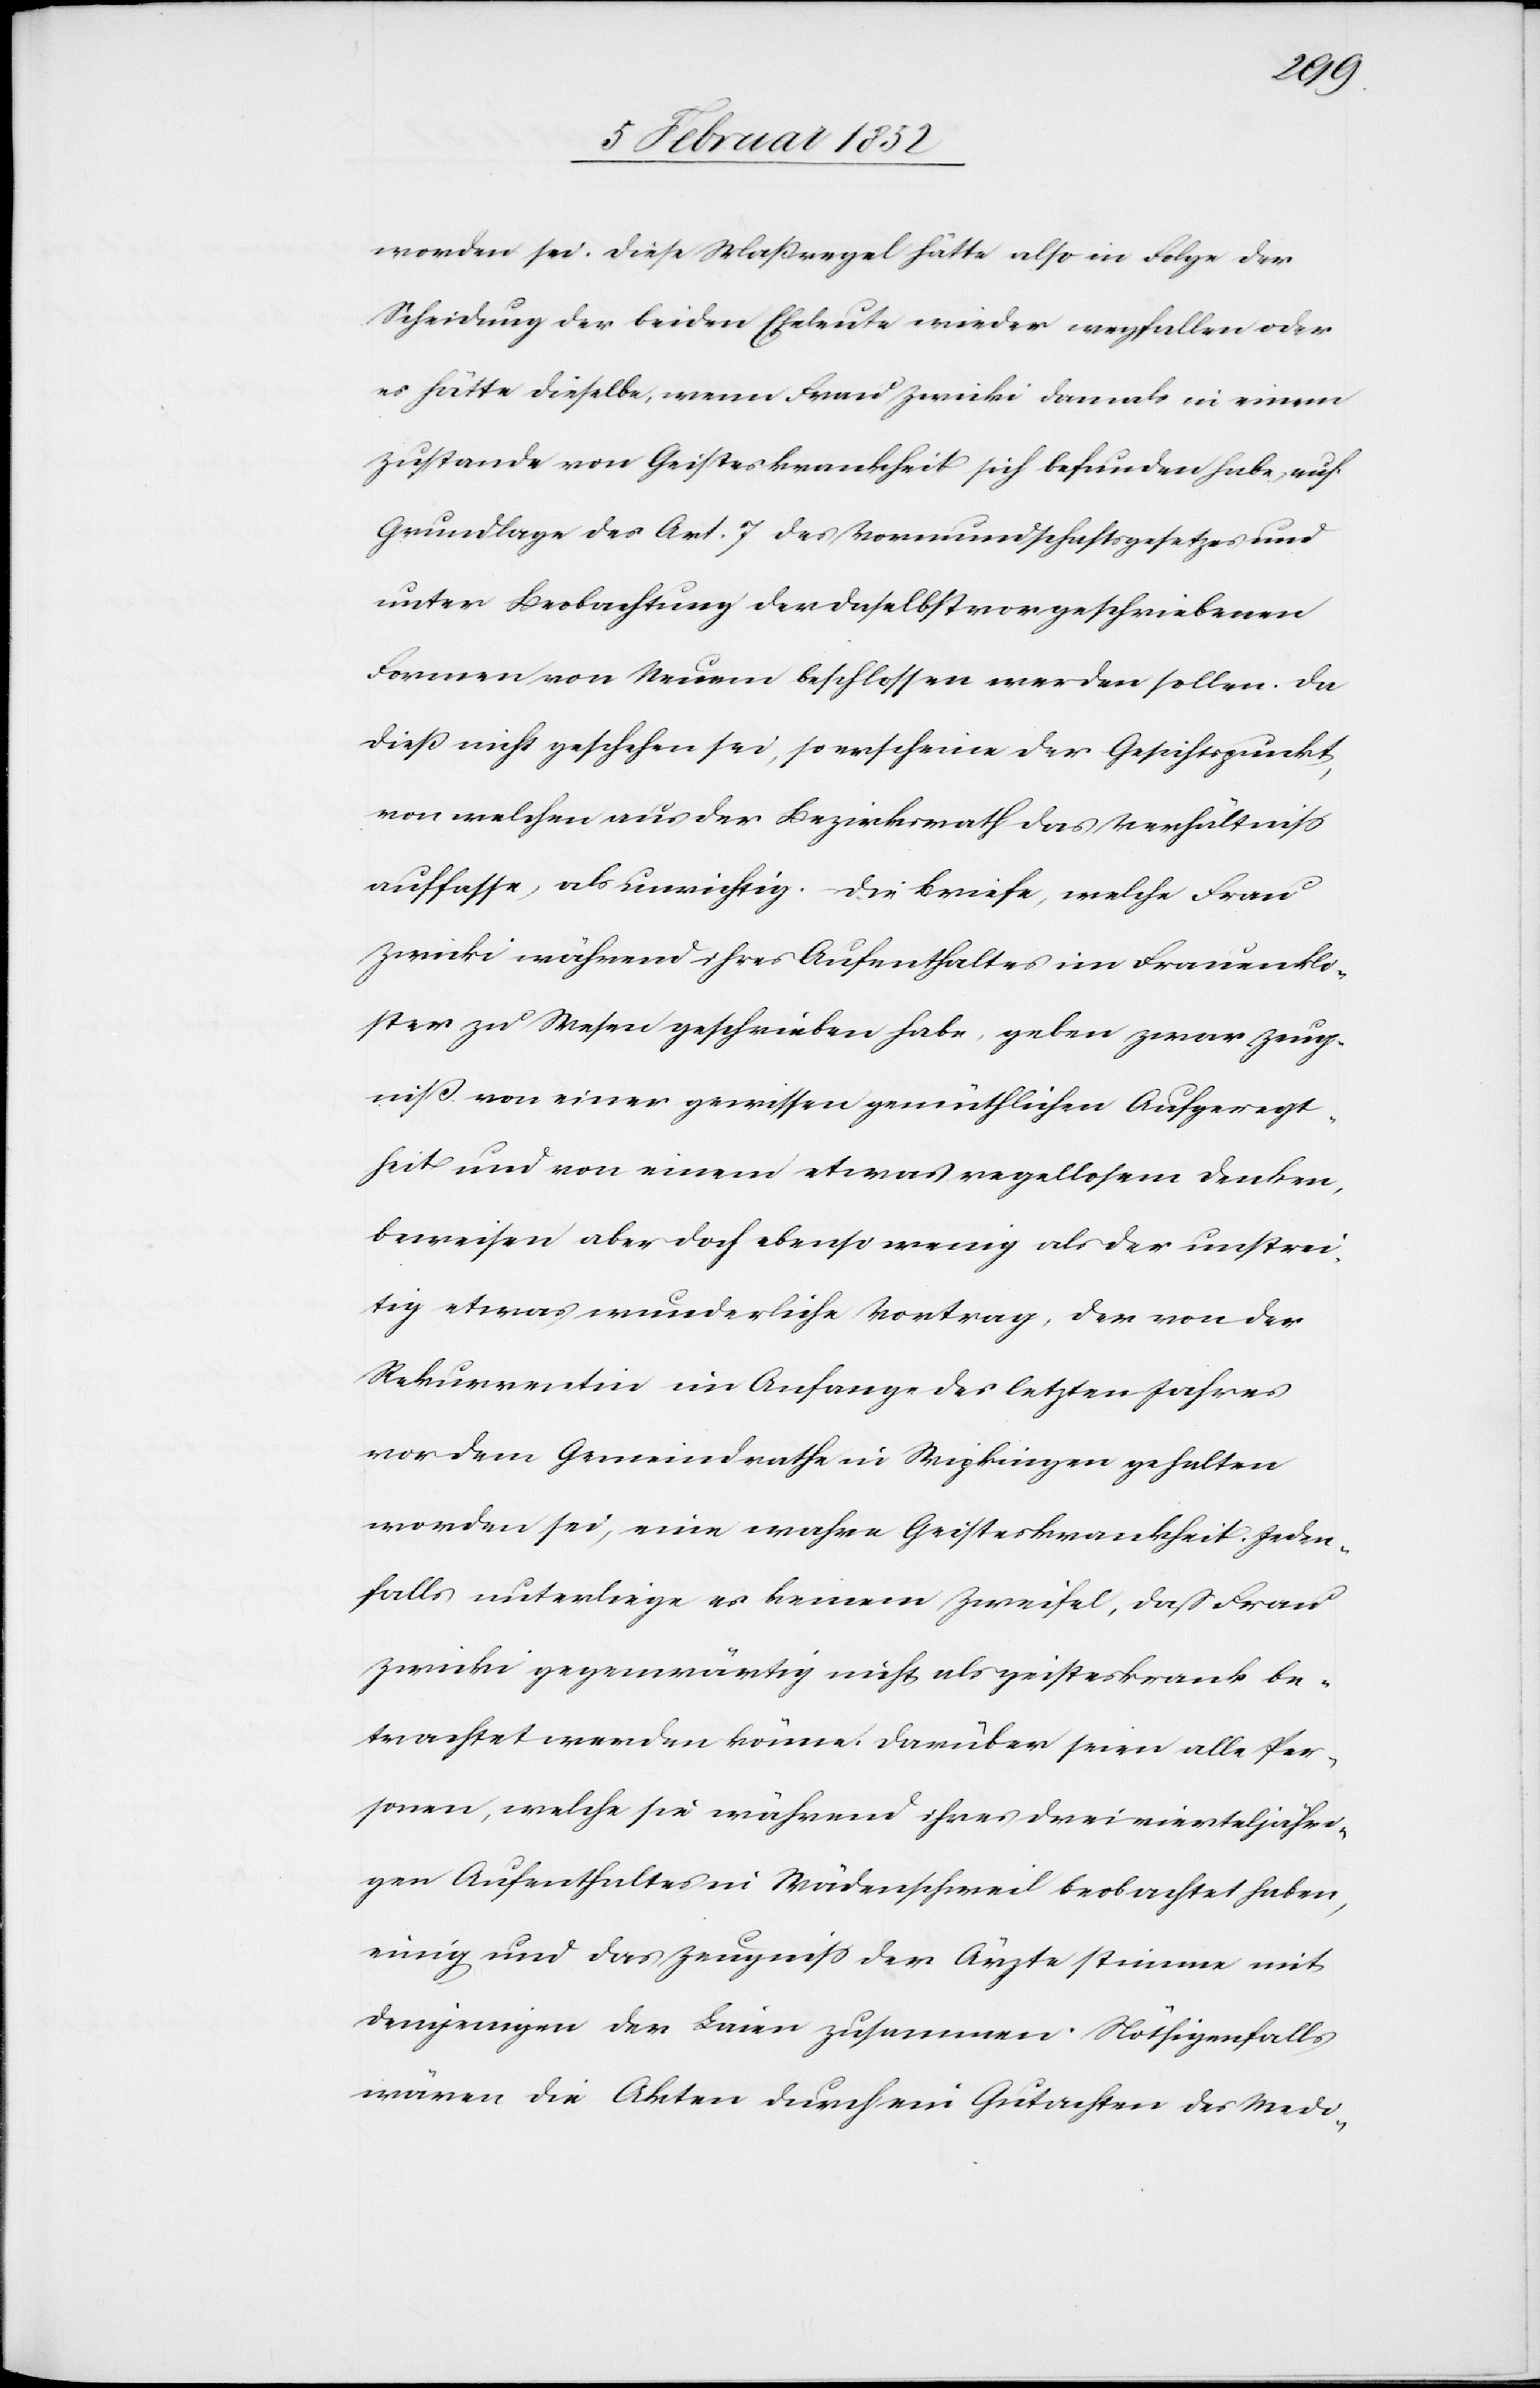
worden sei. Diese Maßregeln hätte also in Folge der
Scheidung der beiden Eheleute wieder wegfallen oder
es hätte dieselbe, wenn Frau Zwicki damals in einem
Zustande von Geisteskrankheit sich befunden habe, auf
Grundlage des Art. 7 des Vormundschaftsgesetzes und
unter Beobachtung der daselbst vorgeschriebenen
Formen von Neuem beschlossen werden sollen. Da
dieß nicht geschehen sei, so erscheine der Gesichtspunkt
von welchem aus der Bezirksrath das Verhältniß
auffasse, als unrichtig. Die Briefe, welche Frau
Zwicki während ihres Aufenthaltes im Frauenklo¬
ster zu Wesen geschrieben habe, geben zwar Zeug¬
niß von einer gewissen gemüthlichen Aufgeregt¬
heit und von einem etwas regellosen Denken,
beweisen aber doch ebenso wenig als der unstrei¬
tig etwas wunderliche Vortrag, der von der
Rekurrentin im Anfange des letzten Jahres
vor dem Gemeindrathe in Wipkingen gehalten
worden sei, eine wahre Geisteskrankheit. Jeden¬
falls unterliege es keinem Zweifel, daß Frau
Zwicki gegenwärtig nicht als geisteskrank be¬
trachtet werden könne. Darüber seien alle Per¬
sonen, welche sie während ihres dreivierteljährli¬
chen Aufenthaltes in Wädenschweil beobachtet haben,
einig und das Zeugniß der Ärzte stimme mit
demjenigen der Laien zusammen. Nöthigenfalls
wären die Akten durch ein Gutachten des Medi-